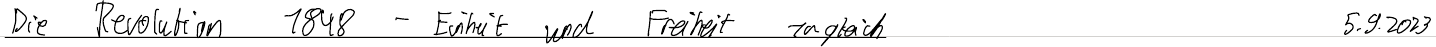
Die Revolution 1848 - Einheit und Freiheit zugleich   5.9.2023